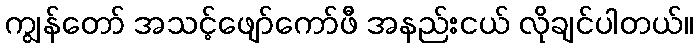
ကျွန်တော် အသင့်ဖျော်ကော်ဖီ အနည်းငယ် လိုချင်ပါတယ်။